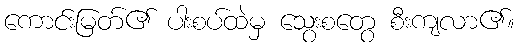
ကောင်းမြတ်၏ ပါးစပ်ထဲမှ သွေးစတွေ စီးကျလာ၏။